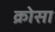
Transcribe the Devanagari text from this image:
क्रोसा